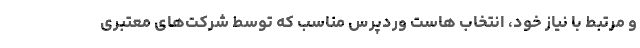
و مرتبط با نیاز خود، انتخاب هاست وردپرس مناسب که توسط شرکت‌های معتبری